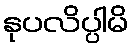
နုပလိပ္ပါမိ